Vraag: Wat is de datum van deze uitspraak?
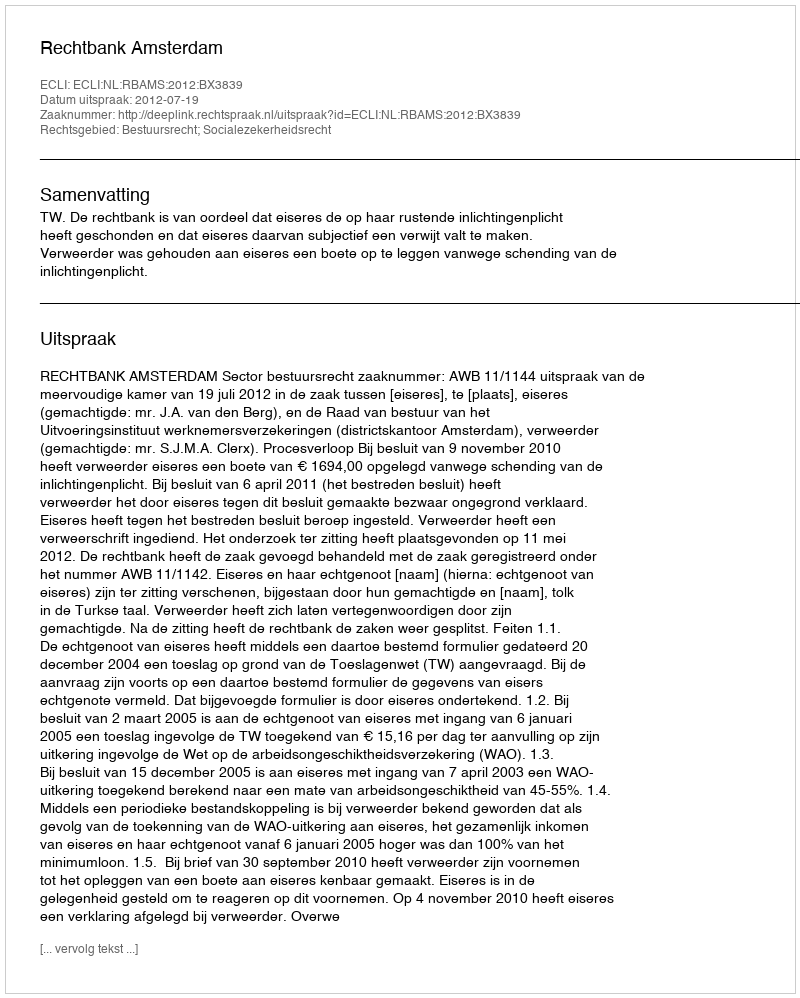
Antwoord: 2012-07-19